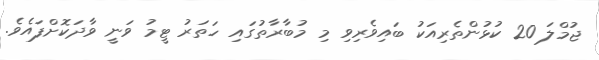
ޖުމްލަ 20 ކުޅުންތެރިއަކު ބައިވެރިވި މި މުބާރާތުގައި ހަތަރު ޓީމު ވަނީ ވާދަކޮށްފައެވެ.